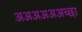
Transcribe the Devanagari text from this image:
अअअअअअच्छा